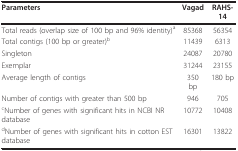
| Parameters | Vagad | RAHS-14 |
 | --- | --- | --- |
 | Total reads (overlap size of 100 bp and 96% identity)a | 85368 | 56354 |
 | Total contigs (100 bp or greater)b | 11439 | 6313 |
 | Singleton | 24087 | 20780 |
 | Exemplar | 31244 | 23155 |
 | Average length of contigs | 350 bp | 180 bp |
 | Number of contigs with greater than 500 bp | 946 | 705 |
 | cNumber of genes with significant hits in NCBI NR database | 10772 | 10408 |
 | dNumber of genes with significant hits in cotton EST database | 16301 | 13822 |